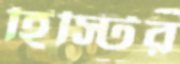
হিস্টির